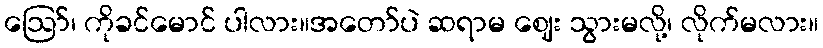
ဪ၊ ကိုခင်မောင် ပါလား။အတော်ပဲ ဆရာမ ဈေး သွားမလို့၊ လိုက်မလား။